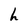
Character: h